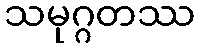
သမုဂ္ဂတဿ